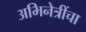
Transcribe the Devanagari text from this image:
अभिनेत्रींचा